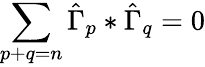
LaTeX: \sum_{p+q=n}\hat{\Gamma}_{p}*\hat{\Gamma}_{q}=0